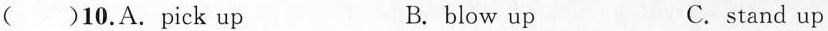
( )10.A.Pick up B. blow up C.stand up